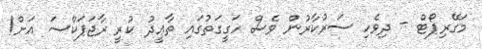
މަގޭރިޕޯޓް - ދިވެހި ސަރުކާރުން ވެސް ހަގީގަތުގައި ތާޢީދު ކުރީ ރާޖަޕަކްސަ އަށް!